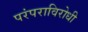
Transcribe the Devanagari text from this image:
परंपराविरोधी